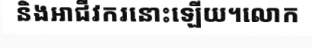
និងអាជីវករនោះឡើយ។លោក